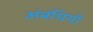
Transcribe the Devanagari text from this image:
अंबंधियों